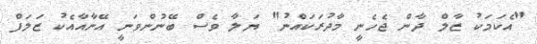
"އެކަމަކު ޒާލް ދާން ޖެހެނީ މާދުރަކައްނު" ޔަލާ ވެސް ބޭނުންވަނީ އޭނާއާއެކު ޒަލަފް